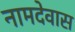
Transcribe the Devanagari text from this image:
नामदेवास